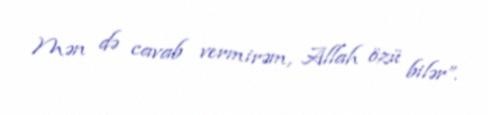
Mən də cavab vermirəm, Allah özü bilər”.